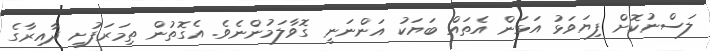
ލަސްނުކޮށް ފިޔަވަޅު އަޅަން އެތައް ބަޔަކު އަންނަނީ ގޮވާލަމުންނެވެ. އެގޮތުން ތިމަރަފުށީ ދާއިރާގެ